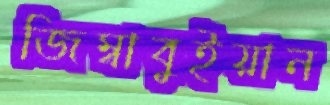
জিম্বাবুইয়ান